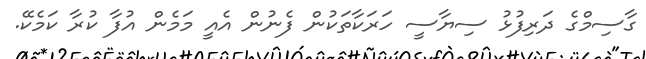
ގާސިމްގެ ދަރިފުޅު ސިޔާސީ ހަރަކާތަކުން ފެނުން އެއީ މަމެން އުފާ ކުރާ ކަމެކޭ.